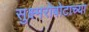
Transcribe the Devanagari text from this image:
सुक्ष्मरोबोटाच्या